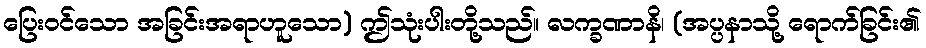
ပြေးဝင်သော အခြင်းအရာဟူသော) ဤသုံးပါးတို့သည်။ လက္ခဏာနိ၊ (အပ္ပနာသို့ ရောက်ခြင်း၏